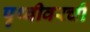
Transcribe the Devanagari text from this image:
पृथ्वीवरची